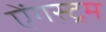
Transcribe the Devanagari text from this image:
ऐंगस्ट्रम